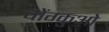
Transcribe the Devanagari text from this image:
चोंग्कुओ